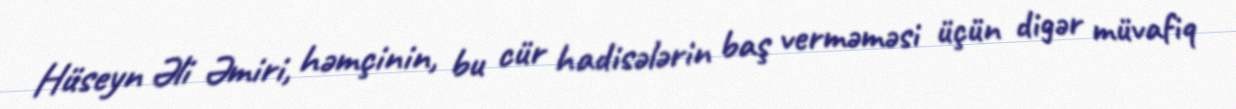
Hüseyn Əli Əmiri, həmçinin, bu cür hadisələrin baş verməməsi üçün digər müvafiq